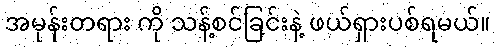
အမုန်းတရား ကို သန့်စင်ခြင်းနဲ့ ဖယ်ရှားပစ်ရမယ်။